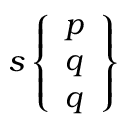
s \left\{ { \begin{array} { l } { p } \\ { q } \\ { q } \end{array} } \right\}